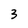
Character: 3